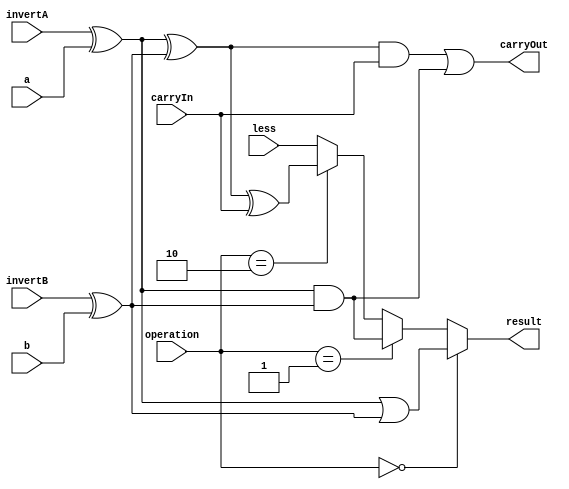
module ALU_1bit (
    a,
    b,
    invertA,
    invertB,
    operation,
    carryIn,
    less,
    result,
    carryOut
);

  //I/O ports
  input a;
  input b;
  input invertA;
  input invertB;
  input [2-1:0] operation;
  input carryIn;
  input less;
 
  output result;
  output carryOut;
  
  //Internal Signals
  wire result;
  wire carryOut;

  //Main function
  /*your code here*/
  wire a_val, b_val;
  wire or_val, and_val;
  wire temp1, temp2, sum;

  /*Operations*/
  xor a_invert(a_val, invertA, a);
  xor b_invert(b_val, invertB, b);
  and ANDgate(and_val, a_val, b_val);
  or ORgate(or_val, a_val, b_val);

  /*Adder*/
  xor AxorB(temp1, a_val, b_val);
  xor xorcin(sum, temp1, carryIn);
  and cout_step1(temp2, temp1, carryIn);
  or carryout(carryOut, temp2, and_val); //代表a b cin 110 101 011 時 cout為1

  assign result = (operation == 2'b00) ? or_val : //00 OR
                (operation == 2'b01) ? and_val :  //01 AND
                (operation == 2'b10) ? sum :       //10 SUM
                less;                              //11 SLT
endmodule